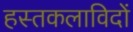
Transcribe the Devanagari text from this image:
हस्तकलाविदों